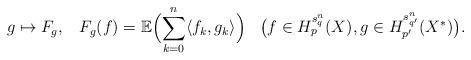
LaTeX: \begin{align*} g\mapsto F_g,\;\;\; F_g(f) = \mathbb E \Bigl(\sum_{k=0}^{n} \langle f_k,g_k\rangle\Bigr)\;\;\; \bigl(f\in H^{s_q^n}_p(X), g\in H^{s_{q'}^n}_{p'}(X^*)\bigr). \end{align*}